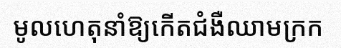
មូលហេតុនាំឱ្យកើតជំងឺឈាមក្រក